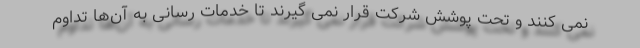
نمی کنند و تحت پوشش شرکت قرار نمی گیرند تا خدمات رسانی به آن‌ها تداوم